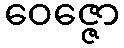
ဝေဇ္ဇော